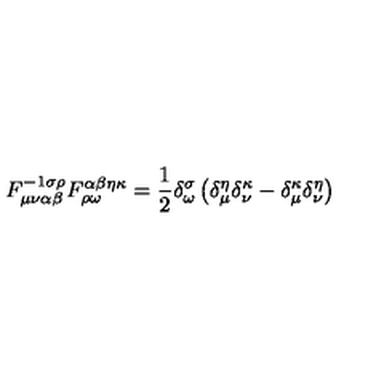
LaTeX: F _ { \mu \nu \alpha \beta } ^ { - 1 \sigma \rho } F _ { \rho \omega } ^ { \alpha \beta \eta \kappa } = \frac { 1 } { 2 } \delta _ { \omega } ^ { \sigma } \left( \delta _ { \mu } ^ { \eta } \delta _ { \nu } ^ { \kappa } - \delta _ { \mu } ^ { \kappa } \delta _ { \nu } ^ { \eta } \right)